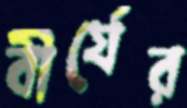
বীর্যের